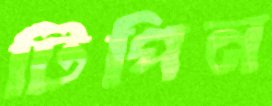
টিপিন